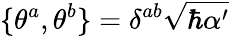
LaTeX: \{ \theta^{a},\theta^{b}\} =\delta^{ab}\sqrt{\hbar\alpha^{\prime}}